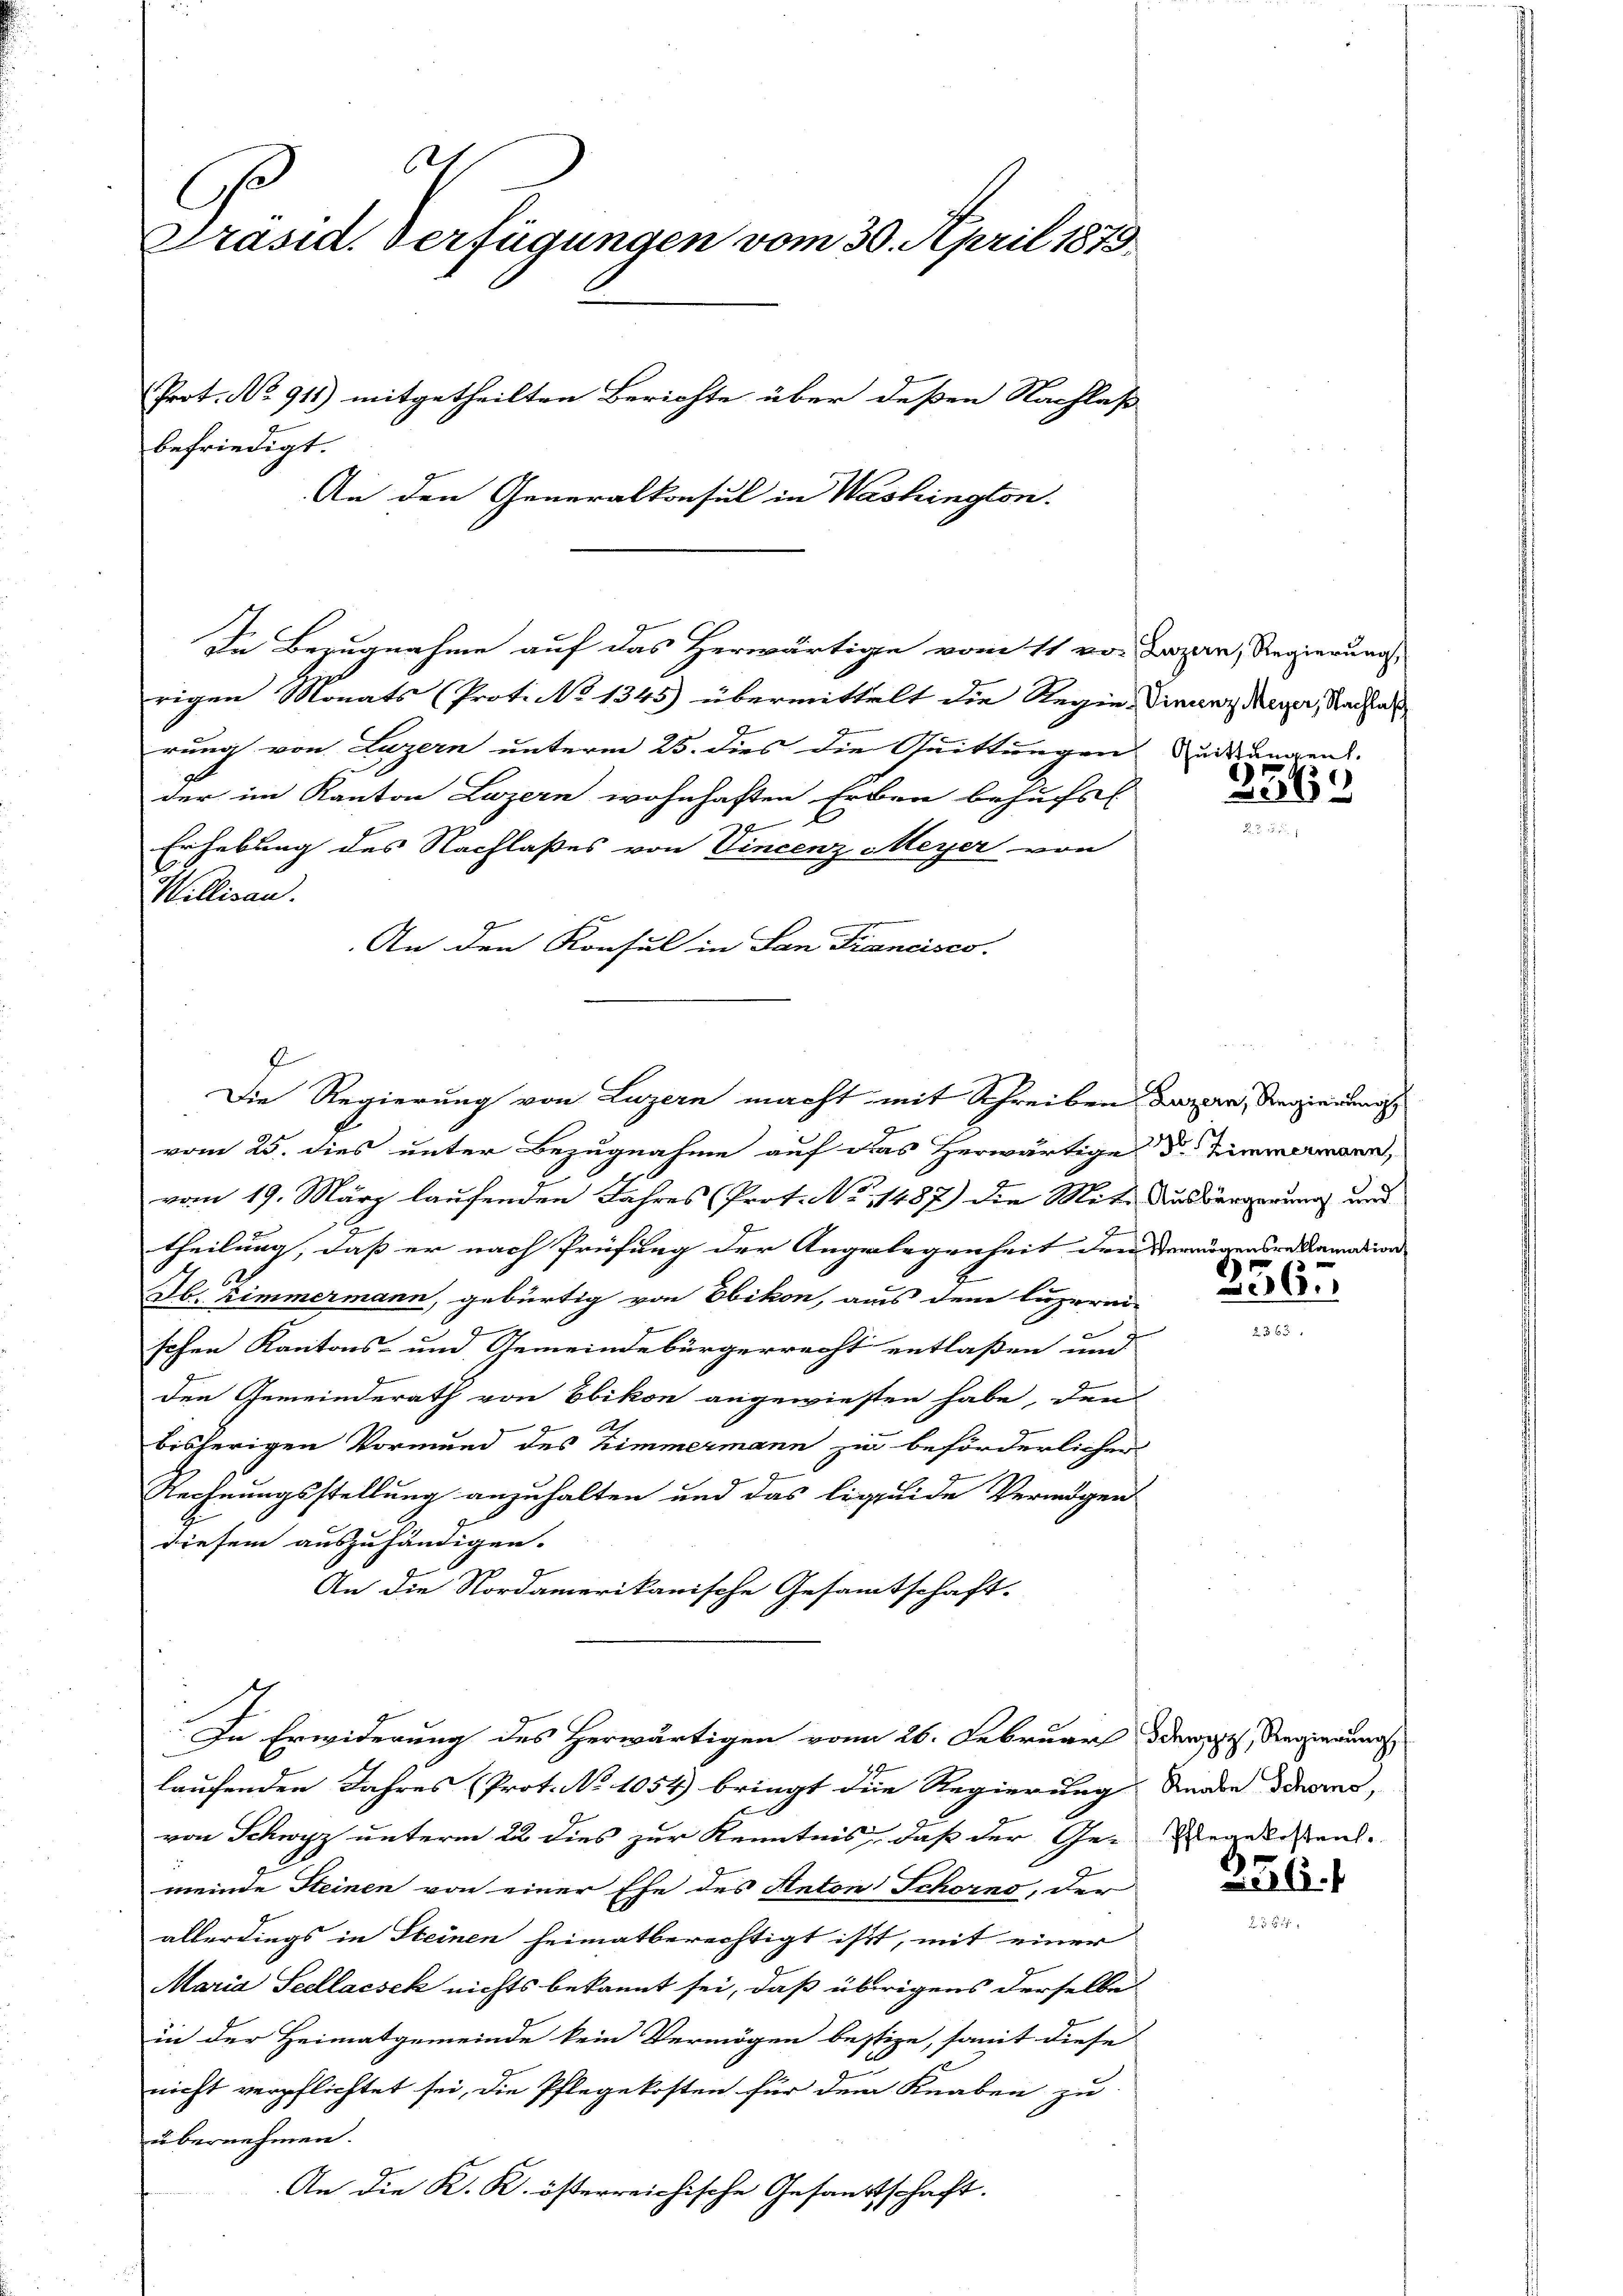
.
C
Präsid. Verfügungen vom 30. April 1873.
Prot. No 911) mitgetheilten Berichte über deßen Nachlaß
befriedigt.
An den Generalkonsul in Washington.

rigen Monats (Prot. No 1345) übermittelt die Regie-Viranz Meyer, Nachal
rung von Luzern unterm 25. dies die Quittungen urkungens.
der im Kanton Luzern wohnhaften Erben behufs
Erhebung des Nachlaßes von Vincenz Meyer von
Willisau.
An den Konsul in San Francisco

In Bezugnahme auf das Herwärtige vom 11 von Japan, Regierung

Die Regierung von Luzern macht mit Schreiben Luzern, Regierungs

vom 25. dies unter Bezugnahme auf das Herwärtige d. Einmamann,
vom 19. März laufenden Jahres (Prot. No 11487) die Mete Ausbürgerung und
theilung, dass er nach Prüfung der Angelegenheit dem Sennögensre Kamation
62.
Ub. Zimmermann, gebürtig von Ebikon, aus dem luzerni
schen Kantons- und Gemeindebürgerrecht entlaßen und
den Gemeinderath von Ebikon angewiesen habe, dem
bisherigen Vormund des Zimmermann zu beförderlicher
Rechnungsstellung anzuhalten und das liquide Vermögen
diesem auszuhändigen.
74
An die Nordamerikanische Gesamtschaft.
In Erwiderung des Herwärtigen vom 26. Februar derit, Regierungs
laufenden Jahres (Prot. No 1054) bringt die Regierung Gnade dies,
von Schwyz unterm 22 dies zur Kenntnis, daß der Ge- Regelesen.
meinde Steinen von einer Ehe des Anton Schorno, der
allerdings in Steinen heimatberechtigt ist, mit einer
Maria Seellacsek nichts bekannt sei, daß übrigens derselbe
in der Heimatgemeinde kein Vermögen bestige, somit diese
nicht verpflichtet sei, die Pflegekosten für dem Knaben zu
übernehmen.
An die K. K. österreichische Gesandtschaft.

2363

)
6

356.